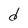
Character: d